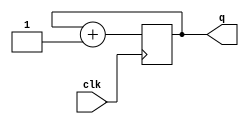
module counter_4b
(clk, q);
input        clk;
output [1:0] q;
reg    [1:0] q;

always @(negedge clk)
begin
    q <= q + 1;
end
endmodule